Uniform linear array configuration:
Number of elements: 64
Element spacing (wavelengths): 0.25
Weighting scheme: exponential
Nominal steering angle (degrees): -30
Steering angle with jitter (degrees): -31.42
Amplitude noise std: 0.05
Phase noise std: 0.05

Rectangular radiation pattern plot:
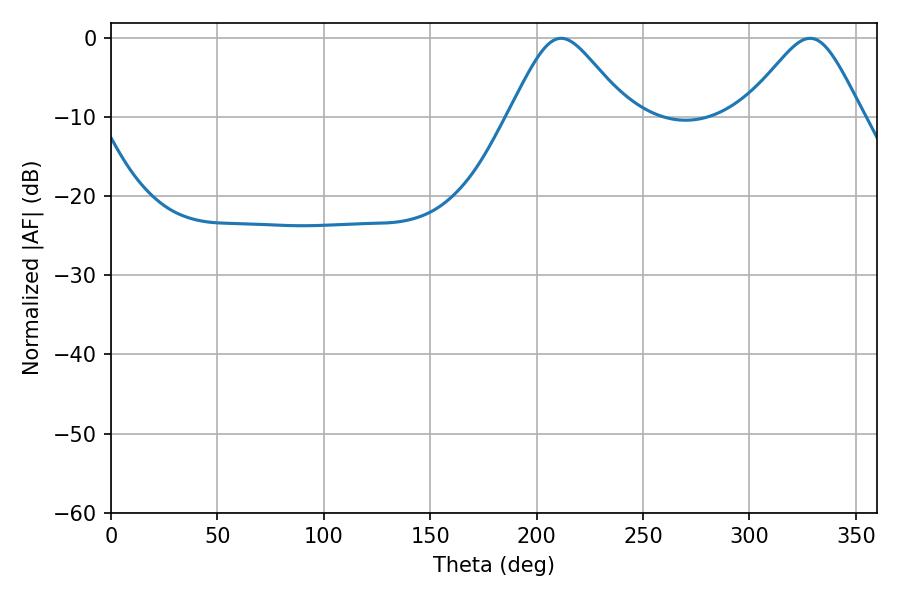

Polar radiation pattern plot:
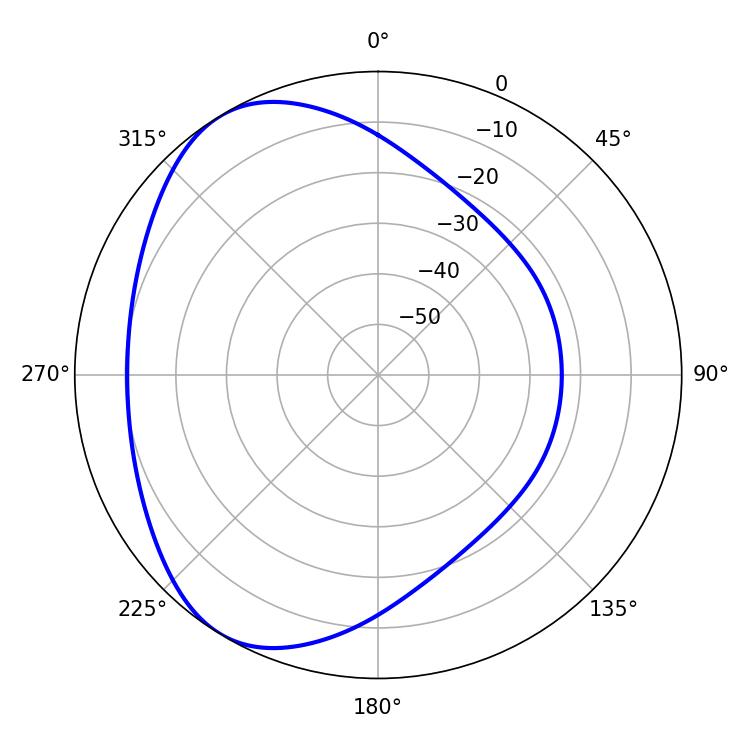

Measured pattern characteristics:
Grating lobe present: FALSE
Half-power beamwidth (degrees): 27.18
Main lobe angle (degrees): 211.5